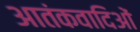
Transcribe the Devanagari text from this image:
आतंकवादिओं